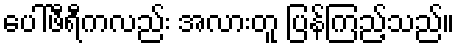
ပေါ်ဖီရီကလည်း အလားတူ ပြန်ကြည့်သည်။